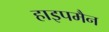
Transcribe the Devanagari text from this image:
हाइपमैन